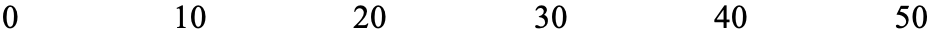
0    10    20    30    40    50